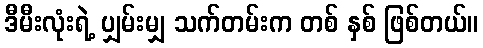
ဒီမီးလုံးရဲ့ ပျှမ်းမျှ သက်တမ်းက တစ် နှစ် ဖြစ်တယ်။